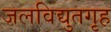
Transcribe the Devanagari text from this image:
जलविद्युतगृह